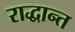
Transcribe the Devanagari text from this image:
राद्धान्त